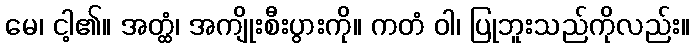
မေ၊ ငါ့၏။ အတ္ထံ၊ အကျိုးစီးပွားကို။ ကတံ ဝါ၊ ပြုဘူးသည်ကိုလည်း။